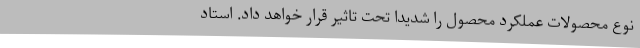
نوع محصولات عملکرد محصول را شدیدا تحت تاثیر قرار خواهد داد. استاد